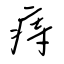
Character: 痔